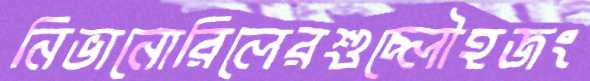
নিভানোরিলেরশুচ্লৌহজং